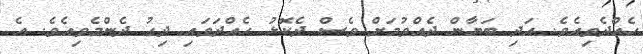
ހެއްދެވިއެވެ. އަދި ބަޔާން ދެއްވުމަށް ވެސް ދެކޮޅު ހެއްދަވައި ދިގު ދެންމެވިއެވެ. އެ